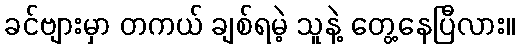
ခင်ဗျားမှာ တကယ် ချစ်ရမဲ့ သူနဲ့ တွေ့နေပြီလား။